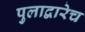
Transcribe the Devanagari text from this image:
पुलाद्वारेच